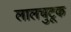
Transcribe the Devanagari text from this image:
लालचुटूक